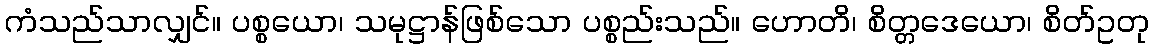
ကံသည်သာလျှင်။ ပစ္စယော၊ သမုဋ္ဌာန်ဖြစ်သော ပစ္စည်းသည်။ ဟောတိ၊ စိတ္တဒေယော၊ စိတ်ဥတု